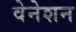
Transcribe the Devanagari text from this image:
वेनेशन